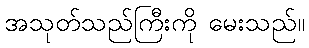
အသုတ်သည်ကြီးကို မေးသည်။